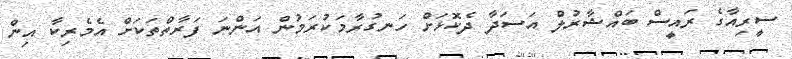
ސީރިއާގެ ރައީސް ބައްޝާރުލް އަސަދާ ދެކޮޅަށް ހަނގުރާމަކުރަމުން އަންނަ ފަރާތްތަކަށް އެމެރިކާ އިން